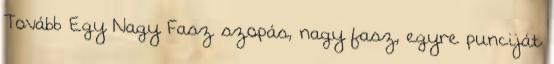
Tovább Egy Nagy Fasz szopás, nagy fasz, egyre punciját